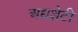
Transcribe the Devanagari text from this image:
अद्यशेटी